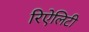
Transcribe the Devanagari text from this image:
रिऐलिटी